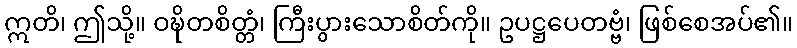
ဣတိ၊ ဤသို့။ ဝဍ္ဎိတစိတ္တံ၊ ကြီးပွားသောစိတ်ကို။ ဥပဋ္ဌပေတဗ္ဗံ၊ ဖြစ်စေအပ်၏။